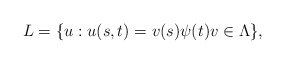
\begin{align*}L=\{u: u(s,t)=v(s)\psi(t) v\in \Lambda\},\end{align*}